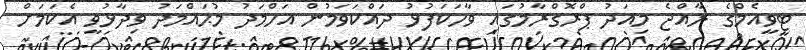
ޓީވީއެމްގެ ރާއްޖެ މިއަދު ޕްރޮގްރާމުގައި ވާހަކަފުޅު ދައްކަވަމުން އަހްމަދު މުޙައްމަދު ވިދާޅުވީ އެކަމަށް